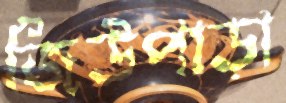
জিউপাড়া